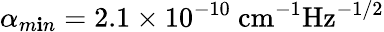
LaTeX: \alpha_{m\mathbf{i}n}=2.1\times10^{-10}~\textrm{{cm}}^{-1}\textrm{{Hz}}^{-1/2}